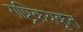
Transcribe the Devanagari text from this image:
राष्ट्रिकयकृत